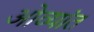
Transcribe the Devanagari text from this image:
ओव्यांत